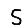
Digit: 5